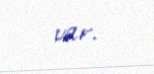
var.